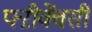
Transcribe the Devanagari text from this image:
फ्ऱीक्वेंसी